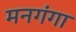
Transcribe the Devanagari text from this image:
मनगंगा